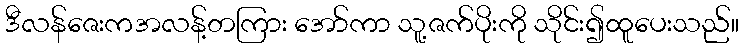
ဒီလန်ဇေးကအလန့်တကြား အော်ကာ သူ့ဇက်ပိုးကို သိုင်း၍ထူပေးသည်။